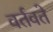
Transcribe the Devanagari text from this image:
वर्तवते